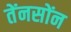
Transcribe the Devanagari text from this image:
तेंनसोंन